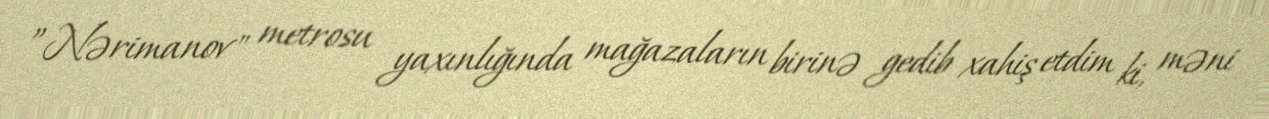
”Nərimanov" metrosu yaxınlığında mağazaların birinə gedib xahiş etdim ki, məni